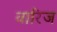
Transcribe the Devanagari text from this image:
वारिज